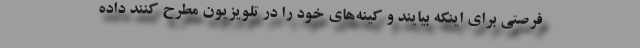
فرصتی برای اینکه بیایند و کینه‌های خود را در تلویزیون مطرح کنند داده